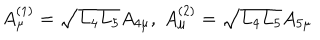
LaTeX: A _ { \mu } ^ { ( 1 ) } = \sqrt { L _ { 4 } L _ { 5 } } A _ { 4 \mu } , \; A _ { \mu } ^ { ( 2 ) } = \sqrt { L _ { 4 } L _ { 5 } } A _ { 5 \mu }